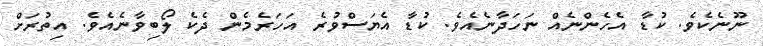
ނޫނެކެވެ. ކުޑާ އެހެންނެއް ނަހަދާނެއެވެ. ކުޑާ އެޔަސްވުރެ އަހަރެމެން ދެކެ ލޯބިވާނެއެވެ. އިތުރަށް